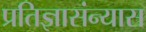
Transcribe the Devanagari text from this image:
प्रतिज्ञासंन्यास